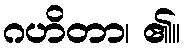
ဂဟိတာ၊ ၏။